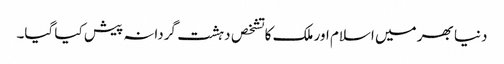
دنیا بھر میں اسلام اور ملک کا تشخص دہشت گردانہ پیش کیا گیا۔